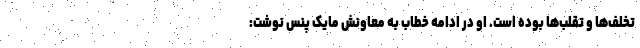
تخلف‌ها و تقلب‌ها بوده است. او در ادامه خطاب به معاونش مایک پنس نوشت: